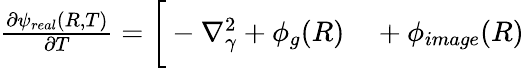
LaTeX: \begin{array}{rl}{\frac{\partial\psi_{real}(R,T)}{\partial T}=\bigg[-\nabla_{\gamma}^{2}+\phi_{g}(R)}&{{}+\phi_(R)}\end{array}